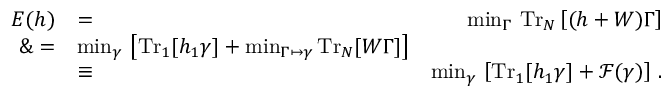
\begin{array} { r l r } { E ( h ) } & { = } & { \operatorname* { m i n } _ { \Gamma } \, \mathrm { T r } _ { N } \left[ ( h + W ) \Gamma \right] } \\ { \& = } & { \operatorname* { m i n } _ { \gamma } \, \left[ \mathrm { T r } _ { 1 } [ h _ { 1 } \gamma ] + \operatorname* { m i n } _ { \Gamma \mapsto \gamma } \mathrm { T r } _ { N } [ W \Gamma ] \right] } \\ & { \equiv } & { \operatorname* { m i n } _ { \gamma } \, \left[ \mathrm { T r } _ { 1 } [ h _ { 1 } \gamma ] + \mathcal { F } ( \gamma ) \right] \, . } \end{array}